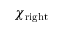
\chi _ { \mathrm { r i g h t } }